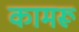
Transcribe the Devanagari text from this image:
कामरू